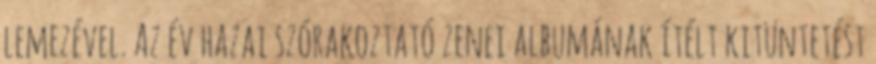
lemezével. Az év hazai szórakoztató zenei albumának ítélt kitüntetést